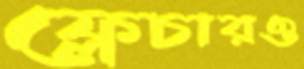
ফ্লেচারও